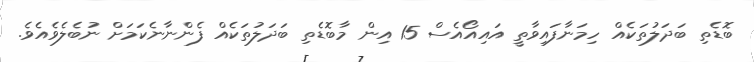
ބޮޑެތި ބަދަލުތަކެއް ހިމަނާފައިވާތީ އައިއޯއެސް 15 އިން މާބޮޑެތި ބަދަލުތަކެއް ފެންނާނެކަމަށް ނުބެލެވެއެވެ.